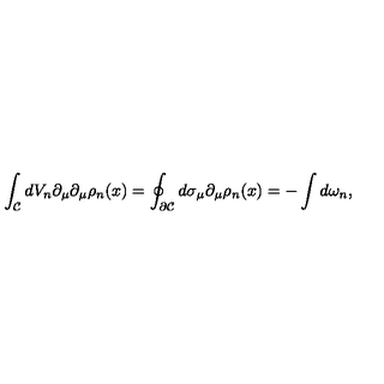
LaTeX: \int _ { \cal { C } } d V _ { n } \partial _ { \mu } \partial _ { \mu } \rho _ { n } ( x ) = \oint _ { \partial \cal { C } } d \sigma _ { \mu } \partial _ { \mu } \rho _ { n } ( x ) = - \int d \omega _ { n } ,